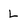
Character: L